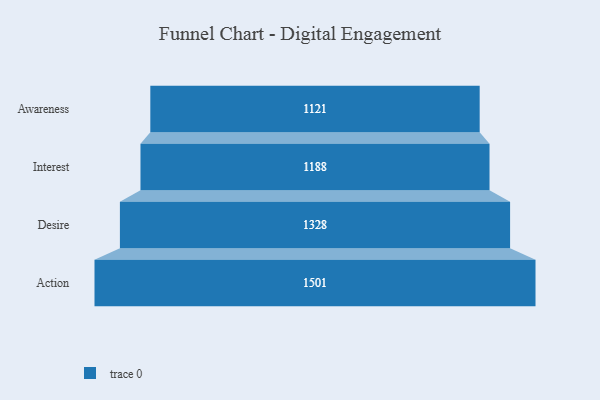
{"axis": {"x": "Stage", "y": "Value"}, "legend": [""], "data": [{"x": "Awareness", "y": 1121.0, "type": ""}, {"x": "Interest", "y": 1188.0, "type": ""}, {"x": "Desire", "y": 1328.0, "type": ""}, {"x": "Action", "y": 1501.0, "type": ""}]}